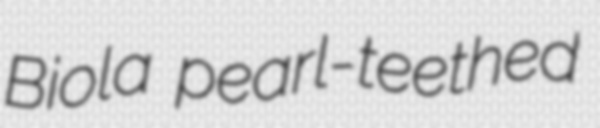
Biola pearl-teethed